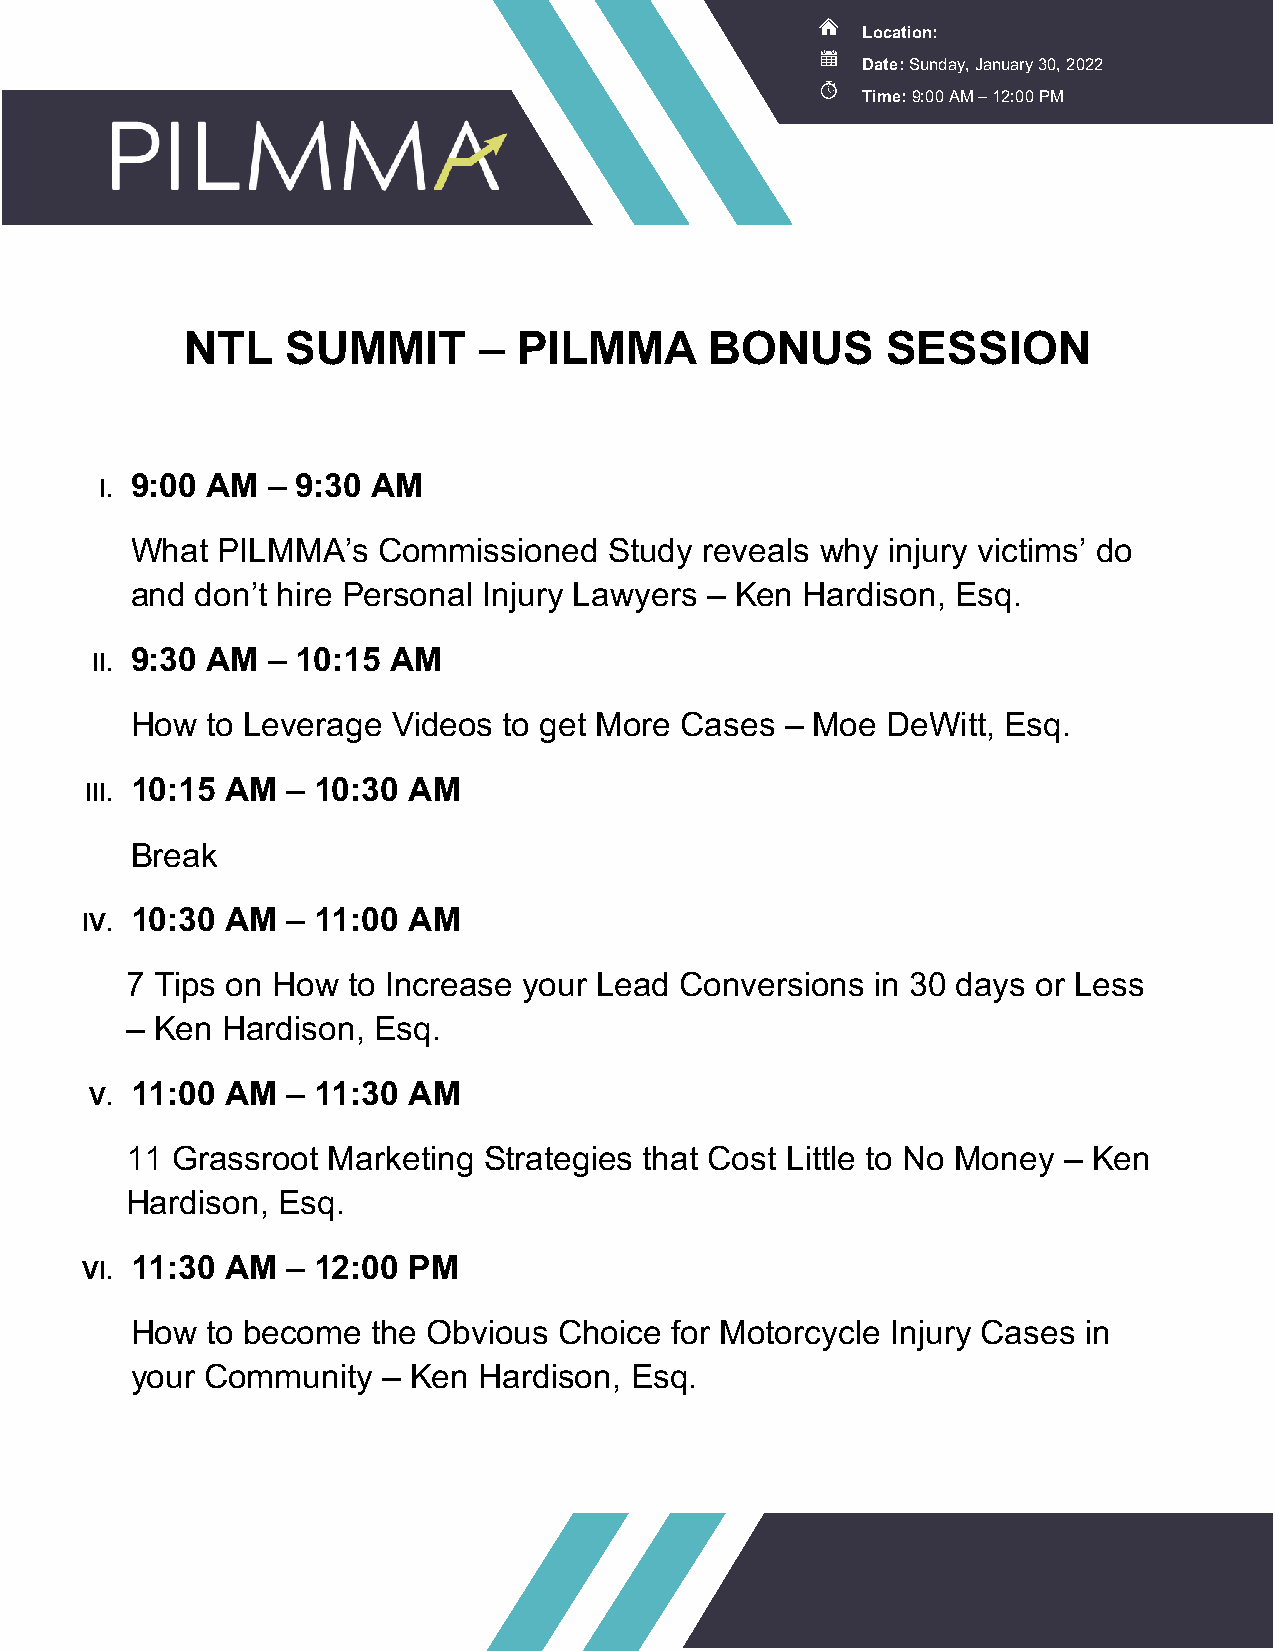
Location:
 Date: Sunday, January 30, 2022
 Time: 9:00 AM – 12:00 PM
 NTL    SUMMIT       – PILMMA       BONUS       SESSION
 9:00 AM  – 9:30 AM
 I.
 What PILMMA’s   Commissioned   Study  reveals why injury victims’ do
 and don’t hire Personal Injury Lawyers – Ken Hardison, Esq.
 9:30 AM  – 10:15 AM
 II.
 How  to Leverage Videos to get More Cases  – Moe  DeWitt, Esq.
 10:15 AM  – 10:30 AM
 III.
 Break
 10:30 AM  – 11:00 AM
 IV.
 7 Tips on How  to Increase your Lead Conversions  in 30 days or Less
 – Ken  Hardison, Esq.
 11:00 AM  – 11:30 AM
 V.
 11 Grassroot  Marketing Strategies that Cost Little to No Money – Ken
 Hardison, Esq.
 11:30 AM  – 12:00 PM
 VI.
 How  to become  the Obvious Choice for Motorcycle Injury Cases in
 your Community  – Ken  Hardison, Esq.